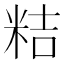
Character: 𮇕